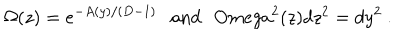
\Omega ( z ) = e ^ { - A ( y ) / ( D - 1 ) } \ \ \ \mathrm { a n d ~ } \ \, O m e g a ^ { 2 } ( z ) d z ^ { 2 } = d y ^ { 2 } \ .